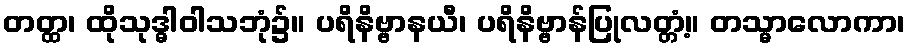
တတ္ထ၊ ထိုသုဒ္ဓါဝါသဘုံ၌။ ပရိနိဗ္ဗာနယီ၊ ပရိနိဗ္ဗာန်ပြုလတ္တံ့။ တသ္မာလောကာ၊